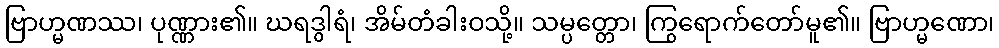
ဗြာဟ္မဏဿ၊ ပုဏ္ဏား၏။ ဃရဒွါရံ၊ အိမ်တံခါးဝသို့။ သမ္ပတ္တော၊ ကြွရောက်တော်မူ၏။ ဗြာဟ္မဏော၊